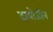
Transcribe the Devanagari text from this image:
दायोजीन